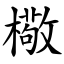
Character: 㯳